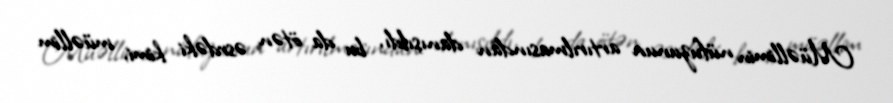
Müəllimin nüfuzunun artırılmasından danışıldı, bu da ötən əsrdəki kimi, müəllim